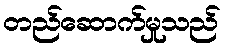
တည်ဆောက်မှုသည်